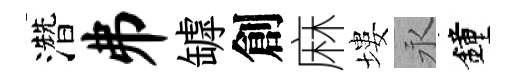
濳井罅創麻塿永鐘